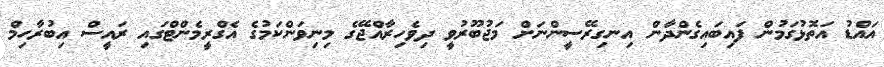
އައްޑު އަތޮޅުގަމުން ފައިބައިގެންދާން އިނގިރޭސީންނަށް މަޖުބޫރުވީ ދިވެހިރާއްޖޭގެ މިނިވަންކަމުގެ އެގްރީމެންޓްގައި ރައީސް އިބުރާހިމް